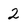
Character: 2